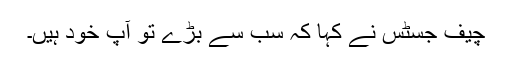
چیف جسٹس نے کہا کہ سب سے بڑے تو آپ خود ہیں۔